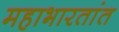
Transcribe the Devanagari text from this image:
महाभारतांत